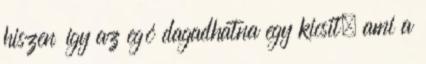
hiszen így az egó dagadhatna egy kicsit, ami a